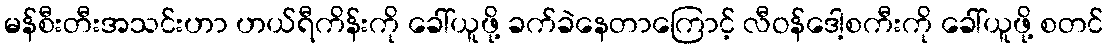
မန်စီးတီးအသင်းဟာ ဟယ်ရီကိန်းကို ခေါ်ယူဖို့ ခက်ခဲနေတာကြောင့် လီဝန်ဒေါ့စကီးကို ခေါ်ယူဖို့ စတင်